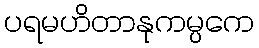
ပရမဟိတာနုကမ္ပကေ